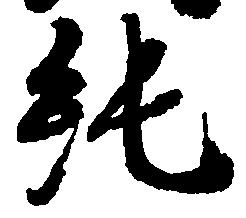
純